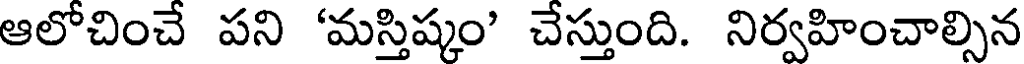
ఆలోచించే పని 'మస్తిష్కం' చేస్తుంది. నిర్వహించాల్సిన